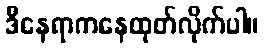
ဒီနေရာကနေထုတ်လိုက်ပါ။